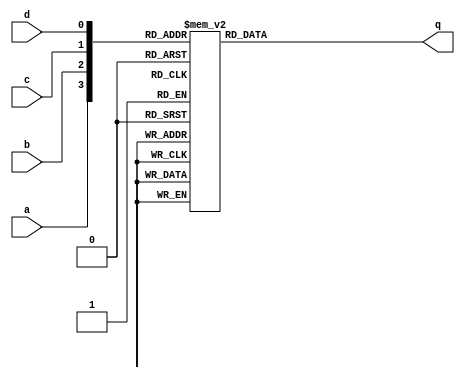
module top_module (
    input a,
    input b,
    input c,
    input d,
    output q );//

    always @(*) begin
        case ({a, b, c, d})
            4'd0 : q = 0;
            4'd1 : q = 0;
            4'd2 : q = 1;
            4'd3 : q = 1;
            4'd4 : q = 1;
            4'd5 : q = 1;
            4'd6 : q = 1;
            4'd7 : q = 1;
            4'd8 : q = 0;
            4'd9 : q = 0;
            4'd10: q = 1;
            4'd11: q = 1;
            4'd12: q = 1;
            4'd13: q = 1;
            4'd14: q = 1;
            4'd15: q = 1;
        endcase
    end

endmodule